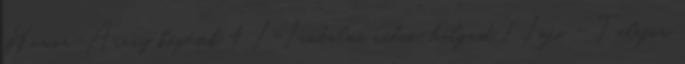
Humor-Arany köpések 4 I-Irodalmi rádió-halgasd 1 Infó - Telefon